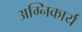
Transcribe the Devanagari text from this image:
अग्निकार्य